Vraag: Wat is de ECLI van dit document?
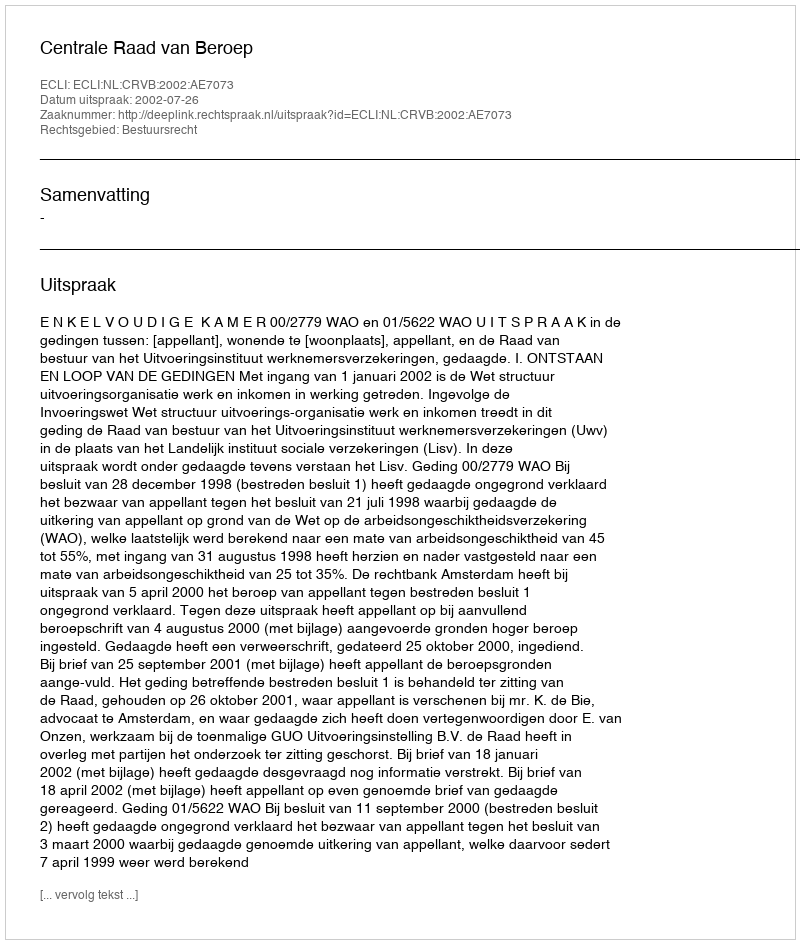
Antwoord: ECLI:NL:CRVB:2002:AE7073